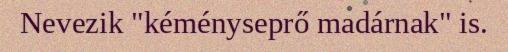
Nevezik "kéményseprő madárnak" is.